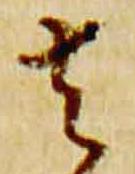
去